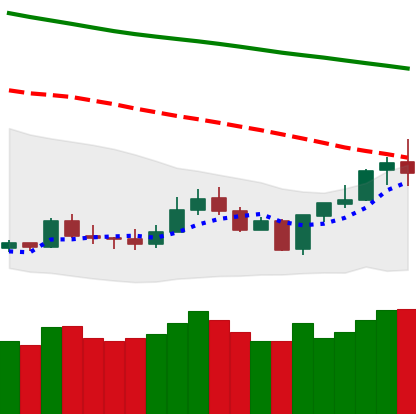
Ticker: LTC-USD
Chart end date: 2020-01-08
Forward return: 8.937%
Label: up_7plus